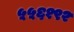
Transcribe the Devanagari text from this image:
५५६१९२